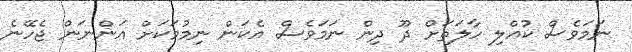
ނަމަވެސް ކުއްލި ހާލަތަށް ދޫ ދިން ނަމަވެސް އެކަން ނިމުމަކަށް އަންނަން ޖެހޭނެ